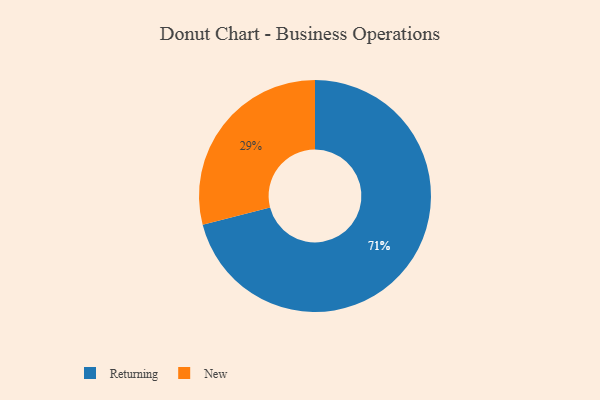
{"axis": {"x": "Category", "y": "Percentage"}, "legend": ["New", "Returning"], "data": [{"x": "Returning", "y": 71, "type": "Returning"}, {"x": "New", "y": 29, "type": "New"}]}